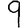
Digit: 9